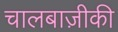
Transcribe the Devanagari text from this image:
चालबाज़ीकी